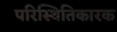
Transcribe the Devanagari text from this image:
परिस्थितिकारक